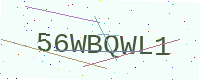
Text: 56WBQWL1